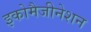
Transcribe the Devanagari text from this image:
इकोमैजीनेशन